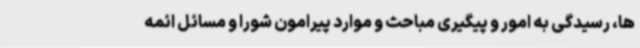
ها، رسیدگی به امور و پیگیری مباحث و موارد پیرامون شورا و مسائل ائمه